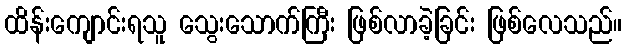
ထိန်းကျောင်းရသူ သွေးသောက်ကြီး ဖြစ်လာခဲ့ခြင်း ဖြစ်လေသည်။